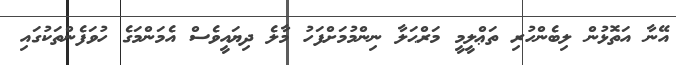
އޭނާ އަތޮޅުން ލިބެންހުރި ތަޢްލީމީ މަރްޙަލާ ނިންމުމަށްފަހު މާލެ ދިޔައީވެސް އެމަންމަގެ ހުވަފެންތަކުގައި